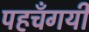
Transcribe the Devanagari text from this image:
पहचँगयी